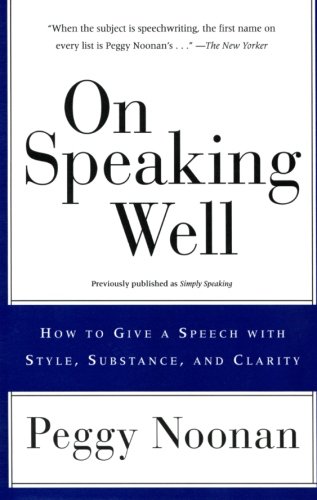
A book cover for On Speaking Well: How to Give a Speech With Style, Substance, and Clarity; Peggy Noonan; Reference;